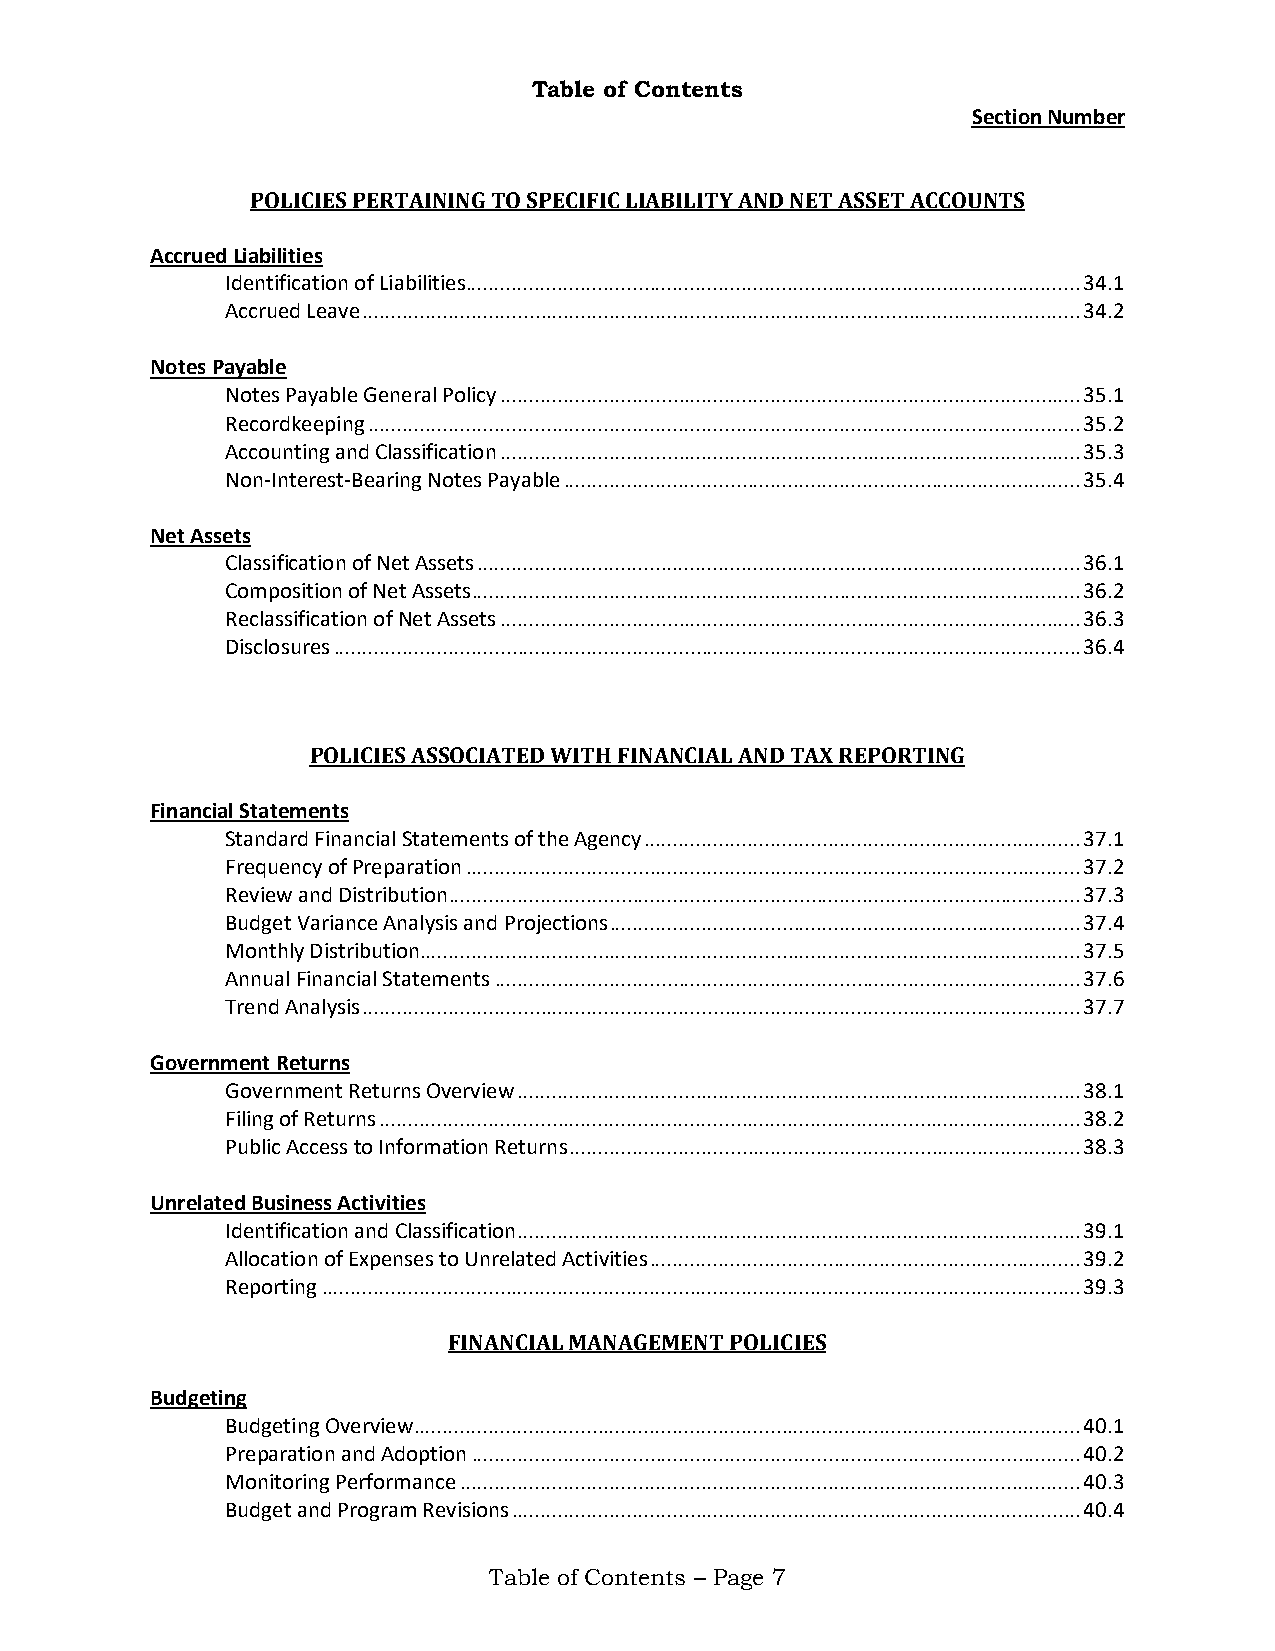
Table of Contents
 Section Number
 POLICIES PERTAINING TO SPECIFIC LIABILITY AND NET ASSET ACCOUNTS
 Accrued Liabilities
 Identification of Liabilities ........................................................................................................... 34.1
 Accrued Leave ............................................................................................................................. 34.2
 Notes Payable
 Notes Payable General Policy ..................................................................................................... 35.1
 Recordkeeping ............................................................................................................................ 35.2
 Accounting and Classification ..................................................................................................... 35.3
 Non-Interest-Bearing Notes Payable .......................................................................................... 35.4
 Net Assets
 Classification of Net Assets ......................................................................................................... 36.1
 Composition of Net Assets .......................................................................................................... 36.2
 Reclassification of Net Assets ..................................................................................................... 36.3
 Disclosures .................................................................................................................................. 36.4
 POLICIES ASSOCIATED WITH FINANCIAL AND TAX REPORTING
 Financial Statements
 Standard Financial Statements of the Agency ............................................................................ 37.1
 Frequency of Preparation ........................................................................................................... 37.2
 Review and Distribution .............................................................................................................. 37.3
 Budget Variance Analysis and Projections .................................................................................. 37.4
 Monthly Distribution................................................................................................................... 37.5
 Annual Financial Statements ...................................................................................................... 37.6
 Trend Analysis ............................................................................................................................. 37.7
 Government Returns
 Government Returns Overview .................................................................................................. 38.1
 Filing of Returns .......................................................................................................................... 38.2
 Public Access to Information Returns ......................................................................................... 38.3
 Unrelated Business Activities
 Identification and Classification .................................................................................................. 39.1
 Allocation of Expenses to Unrelated Activities ........................................................................... 39.2
 Reporting .................................................................................................................................... 39.3
 FINANCIAL MANAGEMENT POLICIES
 Budgeting
 Budgeting Overview .................................................................................................................... 40.1
 Preparation and Adoption .......................................................................................................... 40.2
 Monitoring Performance ............................................................................................................ 40.3
 Budget and Program Revisions ................................................................................................... 40.4
 Table of Contents – Page 7